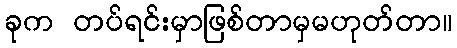
ခုက တပ်ရင်းမှာဖြစ်တာမှမဟုတ်တာ။